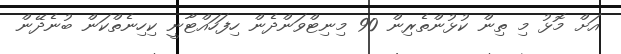
އަށް މޮޅު މި ތިން ކުޅުންތެރިން 90 މިނިޓްވަންދެން ހިފަހައްޓާނީ ކިހިނެތްކަން ބުނެދޭން